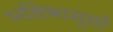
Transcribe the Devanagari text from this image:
भविष्यसूची